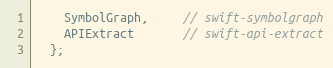
Language: C
    SymbolGraph,     // swift-symbolgraph
    APIExtract       // swift-api-extract
  };